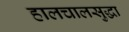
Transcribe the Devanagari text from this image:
हालचालसुद्धा